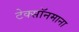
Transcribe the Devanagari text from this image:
टेक्सॉनमाना